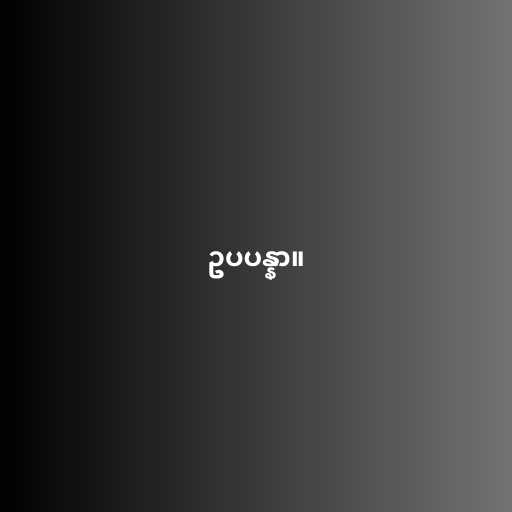
ဥပပန္နာ။